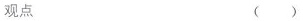
观点 ( )